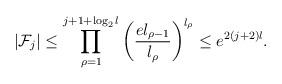
LaTeX: \begin{align*}|{\cal F}_j| \leq \prod_{\rho=1}^{j+1+\log_2 l}\left(\frac{e l_{\rho-1}}{l_\rho} \right)^{l_\rho}\leq e^{2(j+2)l}.\end{align*}